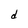
Character: d